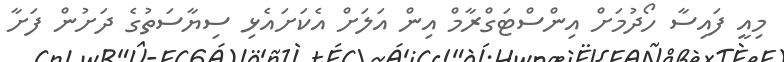
މިއީ ފައިސާ ހޯދުމަށް އިންސްޓަގްރާމް އިން އަލަށް އެކަށައެޅި ސިޔާސަތުގެ ދަށުން ފަށާ